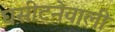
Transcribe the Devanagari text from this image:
घसीटनेवाली